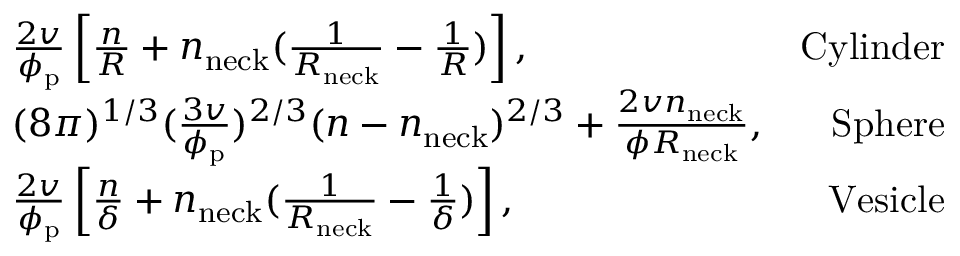
\begin{array} { r l r } & { \frac { 2 v } { \phi _ { \mathrm { p } } } \left[ \frac { n } { R } + n _ { \mathrm { n e c k } } ( \frac { 1 } { R _ { \mathrm { n e c k } } } - \frac { 1 } { R } ) \right] , } & { \mathrm { C y l i n d e r } } \\ & { ( 8 \pi ) ^ { 1 / 3 } ( \frac { 3 v } { \phi _ { \mathrm { p } } } ) ^ { 2 / 3 } ( n - n _ { \mathrm { n e c k } } ) ^ { 2 / 3 } + \frac { 2 v n _ { \mathrm { n e c k } } } { \phi R _ { \mathrm { n e c k } } } , } & { \mathrm { S p h e r e } } \\ & { \frac { 2 v } { \phi _ { \mathrm { p } } } \left[ \frac { n } { \delta } + n _ { \mathrm { n e c k } } ( \frac { 1 } { R _ { \mathrm { n e c k } } } - \frac { 1 } { \delta } ) \right] , } & { \mathrm { V e s i c l e } } \end{array}